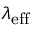
\lambda _ { \mathrm { e f f } }